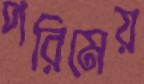
পরিমেয়